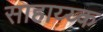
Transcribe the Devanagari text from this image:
साहाय्य्क